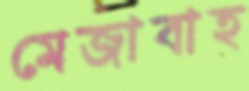
মেজাবাহ